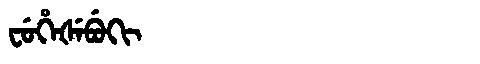
Manchu: ᠸᡠᡥᡝᡧᡝᠪᡠᡴᡳ
Romanization: FUHEŠEBUKI